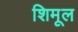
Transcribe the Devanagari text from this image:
शिमूल